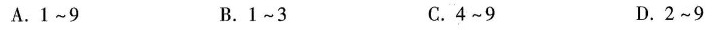
A. 1~9 B. 1~3 C. 4~9 D. 2~9